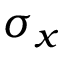
\sigma _ { x }